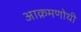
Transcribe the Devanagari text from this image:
आक्रमणोथी